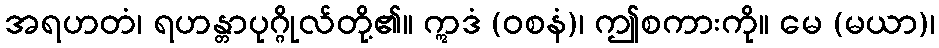
အရဟတံ၊ ရဟန္တာပုဂ္ဂိုလ်တို့၏။ ဣဒံ (ဝစနံ)၊ ဤစကားကို။ မေ (မယာ)၊